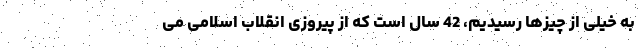
به خیلی از چیزها رسیدیم، 42 سال است که از پیروزی انقلاب اسلامی می